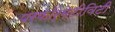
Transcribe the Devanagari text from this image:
परफॉर्मेटीविटी